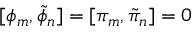
[ \phi _ { m } , \tilde { \phi } _ { n } ] = [ \pi _ { m } , \tilde { \pi } _ { n } ] = 0